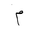
Letter: _mim